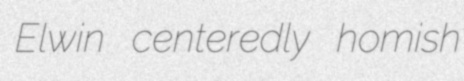
Elwin centeredly homish